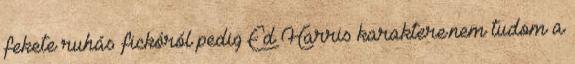
fekete ruhás fickóról pedig Ed Harris karaktere.nem tudom a